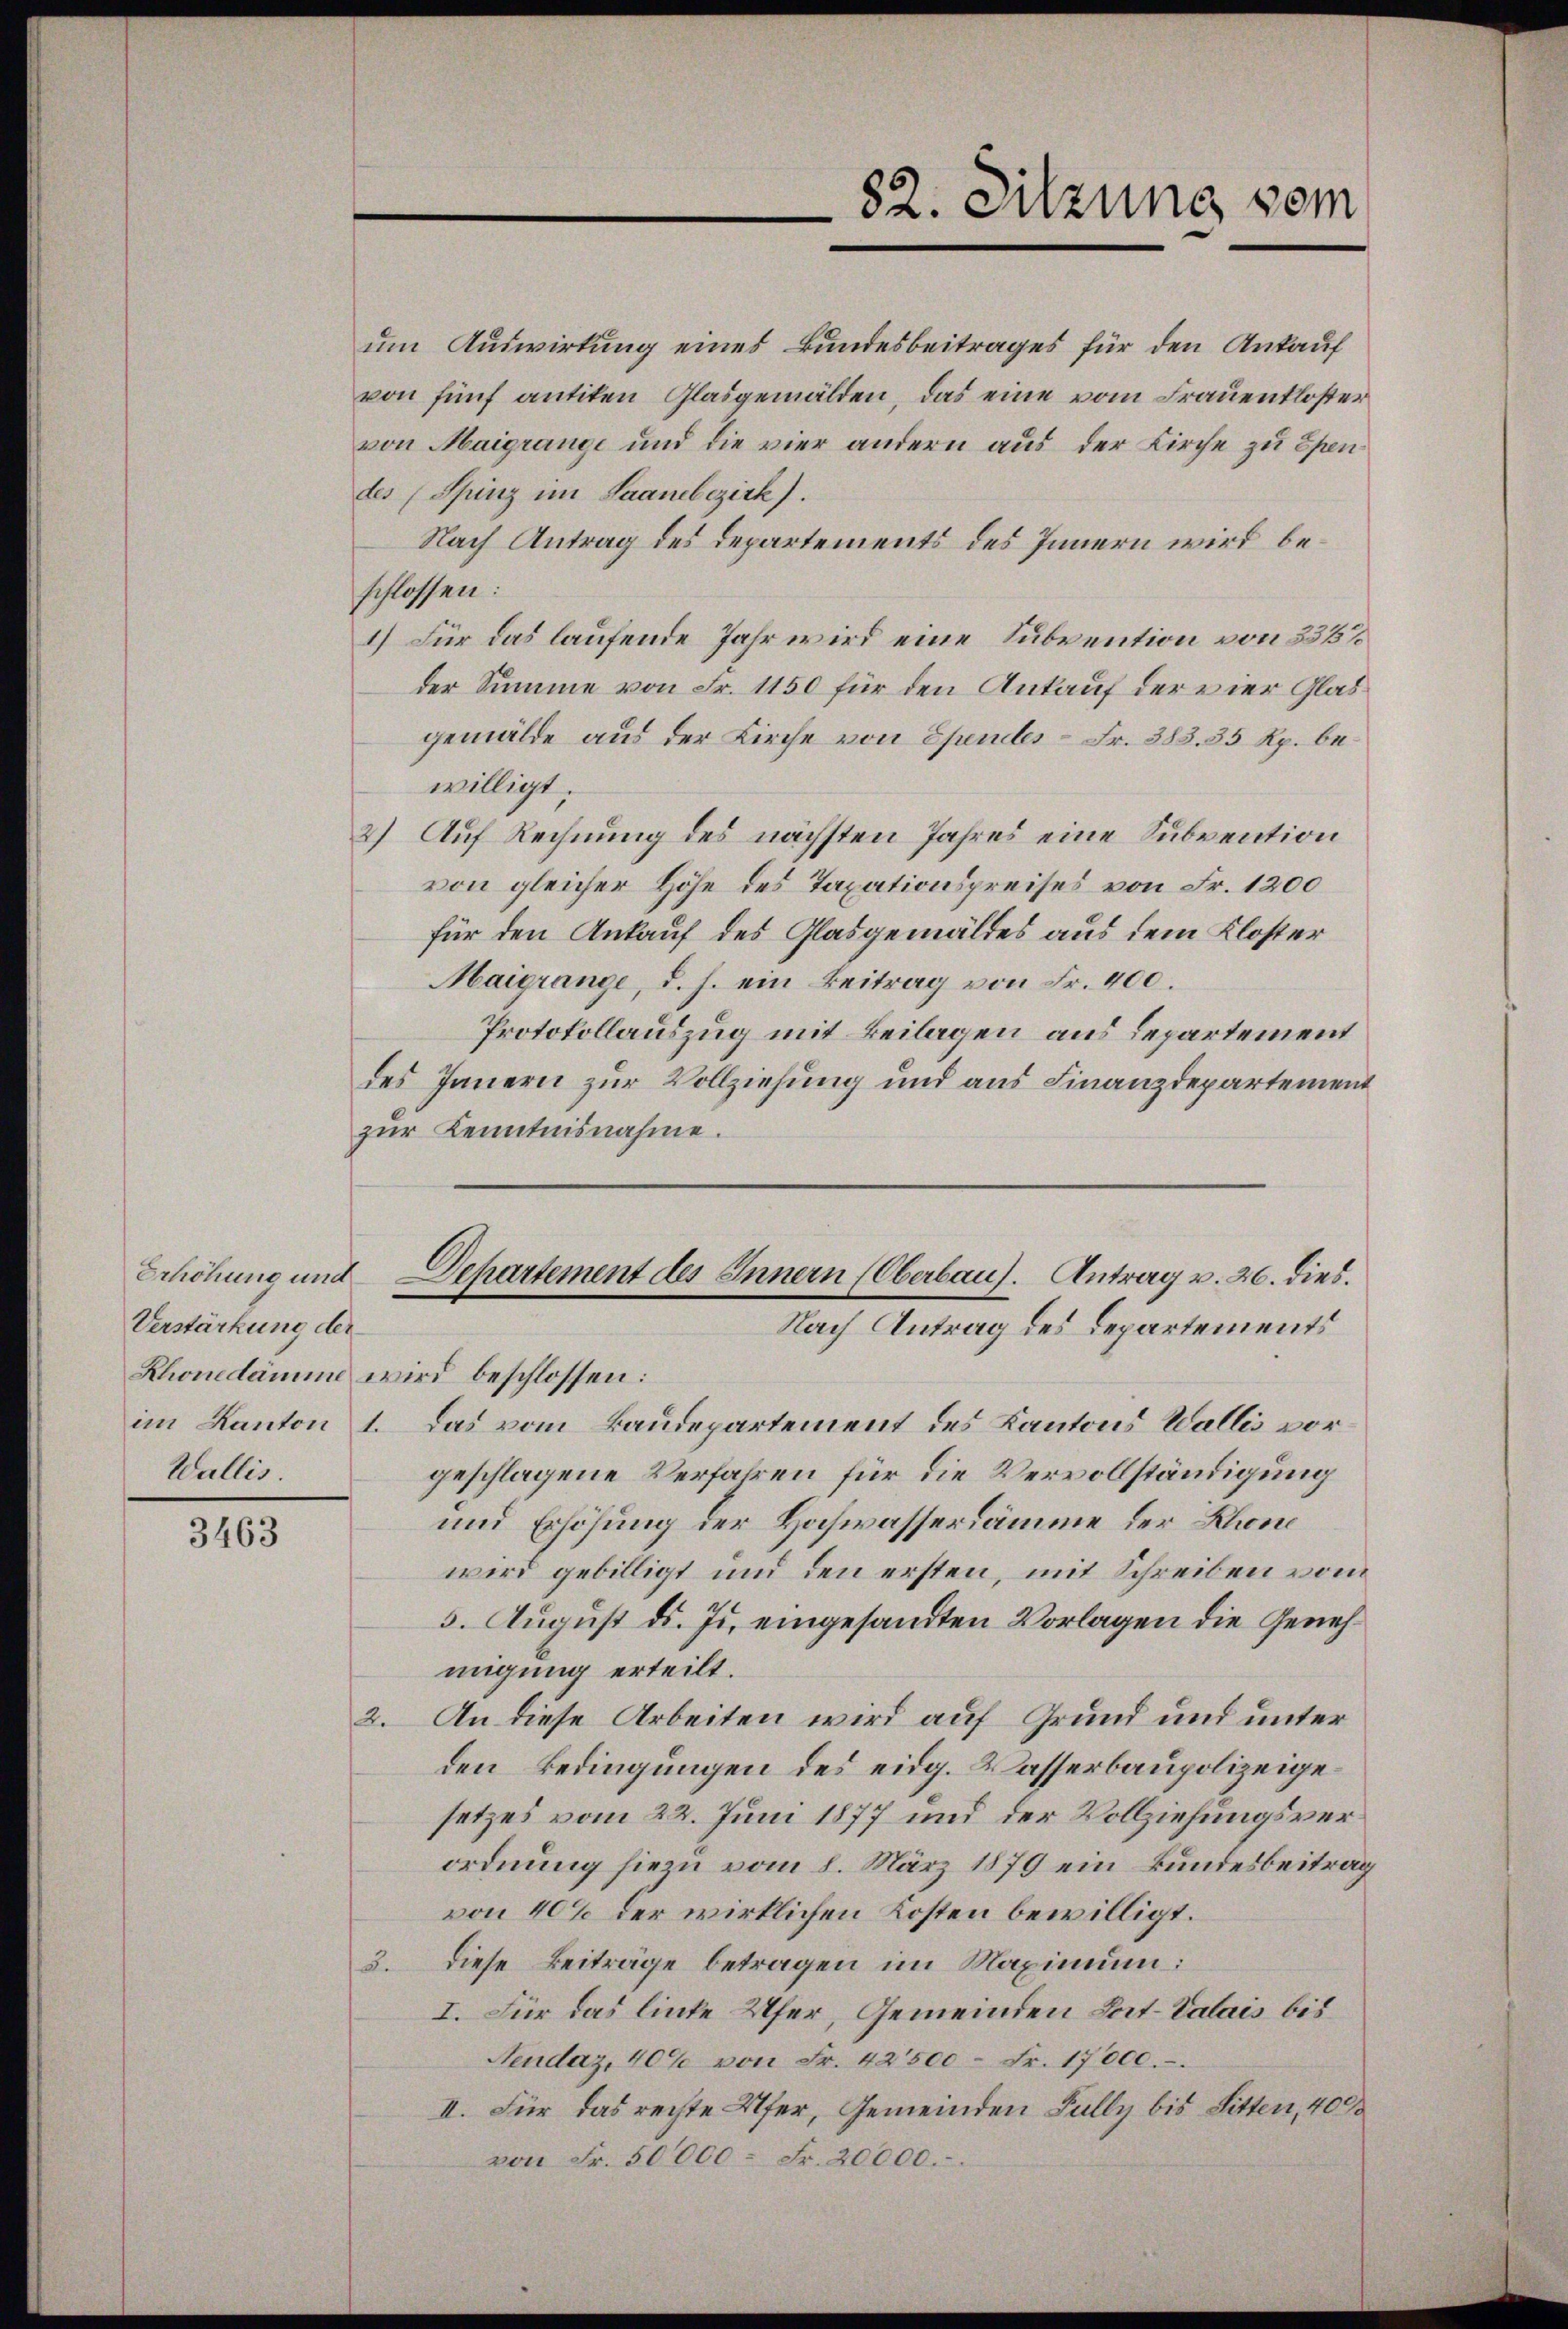
Erhöhung und
Verstärkung der
Wallis.

3463

um Auswirkung eines Bundesbeitrages für den Ankauf
von fünf antiken Glasgemälden, das eine vom Frauenkloster
von Maigrange und die vier andern aus der Kirche zu Epen
des Spinz im Saanebezirk).
Nach Antrag des Departements des Innern wird beschlossen:
1) Für das laufende Jahr wird eine Subvention von 335%
der Summe von Fr. 1150 für den Ankauf der vier Glas
gemälde aus der Kirche von Epeniles - Fr. 383. 35 Rp. bewilligt.
2.) Auf Rechnung des nächsten Jahres eine Subvention
von gleicher Höhe des Taxationspreises von Fr. 1200
für den Ankauf des Glasgemäldes aus dem Kloster
Maigrange, d. h. ein Beitrag von Fr. 400.
Protokollauszug mit Beilagen aus Departement
des Innern zur Vollziehung und aus Finanzdepartement
zŭr Kenntnisnahme.
Departement des Innern (Oberbau. Antrag v. 26. dies.
Nach Antrag des Departements
Rhonedämme wird beschlossen:
im Kanton 1. Das vom Baudepartement des Kantons Wallis vorgeschlagene Verfahren für die Vervollständigung
und Erhöhung der Hochwasserdämme der Rhone
wird gebilligt und den ersten, mit Schreiben vom
5. August d. Js. eingesandten Vorlagen die Genehmigung erteilt.
An diese Arbeiten wird auf Grund und unter
2.
den Bedingungen des eidg. Wasserbaupolizeigesetzes vom 22. Juni 1877 und der Vollziehungsverordnung hiezu vom 8. März 1879 ein kundesbeitrag
von 40% der wirklichen Kosten bewilligt.
3. Diese Beiträge betragen im Maximum:
I. Für das linke Ufer, Gemeinden Sort- Valais bis
Nendaz, 40% von Fr. 42500 Fr. 17000.
II. Für das rechte Ufer, Gemeinden Fully bis Sitten, 400
von Fr. 50000 Fr. 20000.

82. Sitzung vom